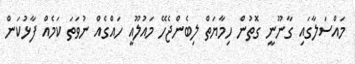
މައްސަލާގައި ގާނޫނީ ގޮތުން ހިމާޔަތް ލިބެންޖެހޭ މައުލޫއީ ހައްގެއް ނުވަތަ ކަމެއް ފާޅުކަން